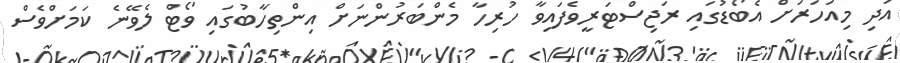
އަދި މިއަހަރަށް އެބޯޑުގައި ރަޖިސްޓަރީވެފައިވާ ހުރިހާ މެންބަރުންނަށް އިންތިހާބުގައި ވޯޓް ލެވޭނެ ކަމަށްވެސް